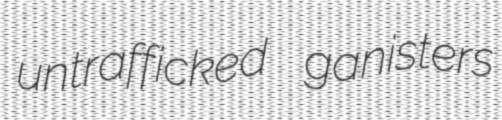
untrafficked ganisters